画像に写った文字を読んでください
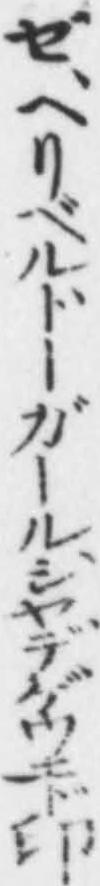
「ゼ、ヘリベル、トーガール、シヤ、デ、ゲウエド印」と書いてあります